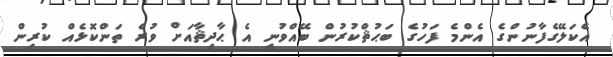
އެކަލޭގެފާނުންގެ އެންމެ ފަހުގެ ބަޙުޘްކުރުން ބޭއްވުނީ އެ ޙާދިޘާއަށް ވުރެ ތަންކޮޅެއް ކުރިން